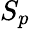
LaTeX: S_{p}